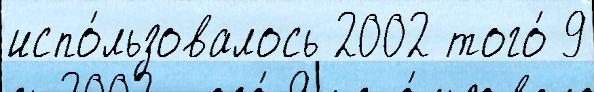
испо́льзовалось 2002 того́ 9